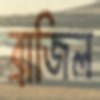
ব্রাজিল